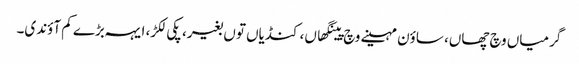
گرمیاں وچ چھاں، ساؤن مہینے وچ پینگھاں، کنڈیاں توں بغیر، پکی لکڑ، ایہہ بڑے کم آؤندی۔